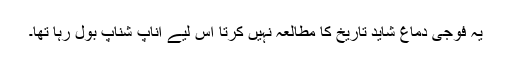
یہ فوجی دماغ شاید تاریخ کا مطالعہ نہیں کرتا اس لیے اناپ شناپ بول رہا تھا۔